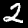
Digit: 2